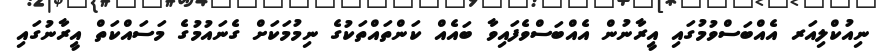
ނިއުކްލިއަރ އެއްބަސްވުމުގައި އީރާނުން އެއްބަސްވެފައިވާ ބައެއް ކަންތައްތަކުގެ ނިމުމަކަށް ގެނައުމުގެ މަސައްކަތް އީރާނުގައި